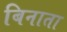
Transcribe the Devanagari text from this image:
बिनाता